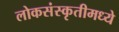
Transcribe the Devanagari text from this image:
लोकसंस्कृतीमध्ये